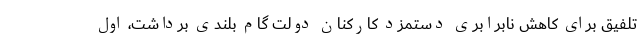
تلفیق برای کاهش نابرابری دستمزد کارکنان دولت گام بلندی برداشت، اول